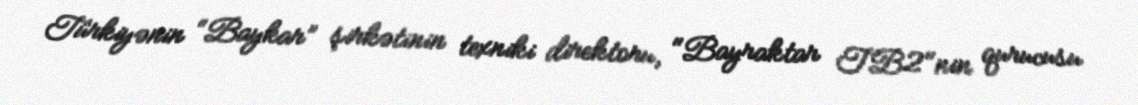
Türkiyənin “Baykar” şirkətinin texniki direktoru, "Bayraktar TB2"nin qurucusu